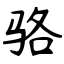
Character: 骆